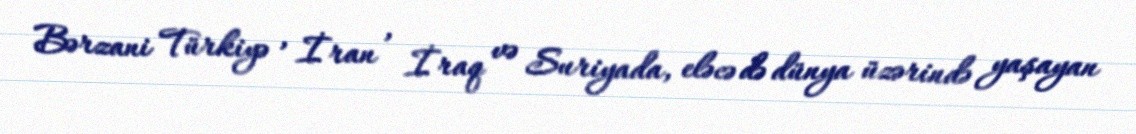
Bərzani Türkiyə , İran , İraq və Suriyada, eləcə də dünya üzərində yaşayan